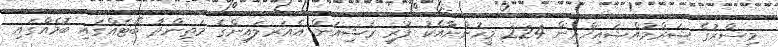
މިސްރުގެ ޝަރްމުއްޝައިޚްއިން 224 މީހުންނާއެކު ފުރި ރަޝިއަން އެއަރލައިންގެ މަތިންދާ ބޯޓެއްގައި ބޮމެއްގައި